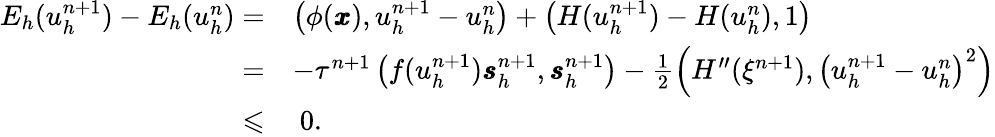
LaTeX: \begin{array}{rl}{{E}_{h}(u_{h}^{n+1})-{E}_{h}(u_{h}^{n})=}&{\left(\phi(\pmb{x}),u_{h}^{n+1}-u_{h}^{n}\right)+\left(H(u_{h}^{n+1})-H(u_{h}^{n}),1\right)}\\ {=}&{-\tau^{n+1}\left(f(u_{h}^{n+1})\pmb{s}_{h}^{n+1},\pmb{s}_{h}^{n+1}\right)-\frac 12\left(H^{\prime\prime}(\xi^{n+1}),\left(u_{h}^{n+1}-u_{h}^{n}\right)^{2}\right)}\\ {\leqslant}&{\ 0.}\end{array}